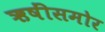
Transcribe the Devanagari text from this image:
ऋषींसमोर